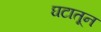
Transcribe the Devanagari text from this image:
घटातून